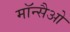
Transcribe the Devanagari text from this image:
मॉन्सैओ